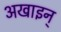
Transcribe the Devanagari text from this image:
अखाइन्